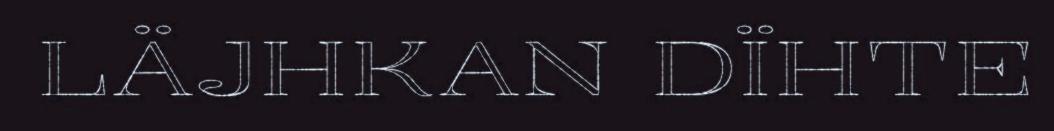
LÄJHKAN DÏHTE